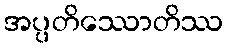
အပ္ပတိဿောတိဿ